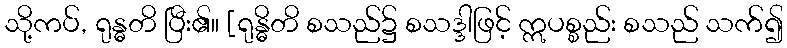
သို့ကပ်, ရုန္ဓတိ ပြီး၏။ [ရုန္ဓိတိ စသည်၌ စသဒ္ဒါဖြင့် ဣပစ္စည်း စသည် သက်၍